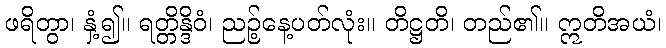
ဖရိတွာ၊ နှံ့၍။ ရတ္တိန္ဒိဝံ၊ ညဉ့်နေ့ပတ်လုံး။ တိဋ္ဌတိ၊ တည်၏။ ဣတိအယံ၊